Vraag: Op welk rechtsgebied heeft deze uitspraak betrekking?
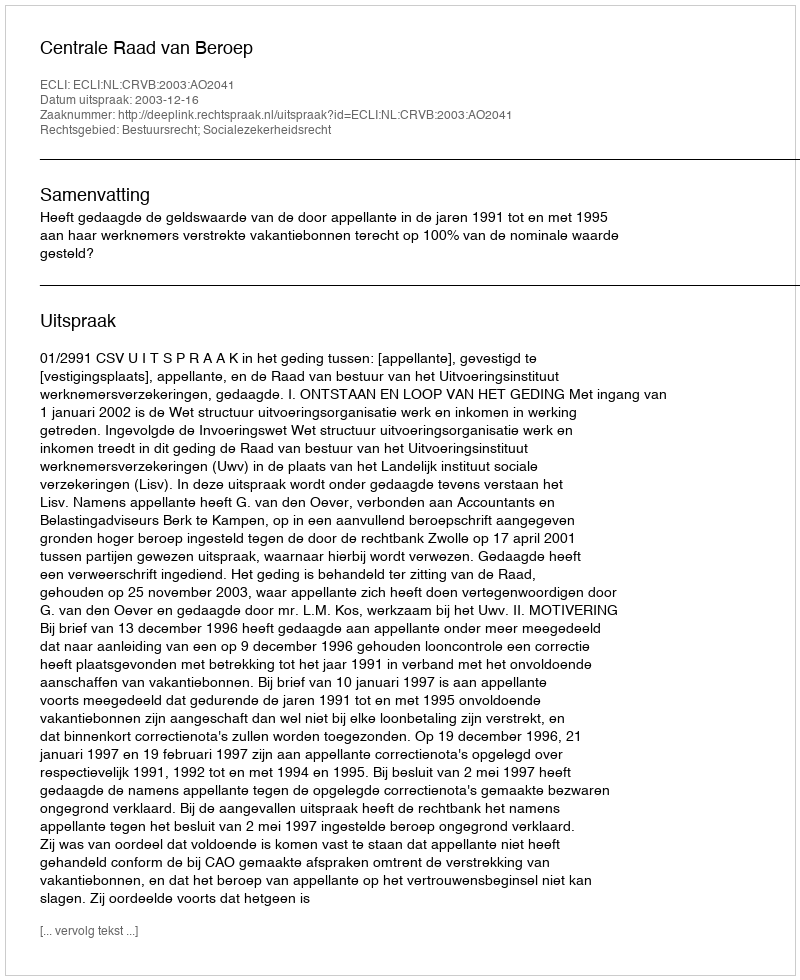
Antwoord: Bestuursrecht; Socialezekerheidsrecht